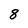
Character: 8